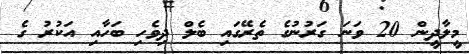
މީލާދީން 20 ވަނަ ގަރުނުގެ ތެރޭގައި ބެލް ދިވެހި ބަހާއި އަކުރު ގެ